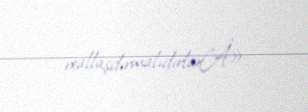
reallaşdırmalıdırlarÂ».